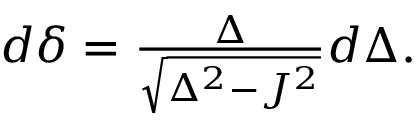
\begin{array} { r } { d \delta = \frac { \Delta } { \sqrt { \Delta ^ { 2 } - J ^ { 2 } } } d \Delta . } \end{array}